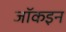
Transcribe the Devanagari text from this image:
जॉकइन